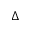
\Delta